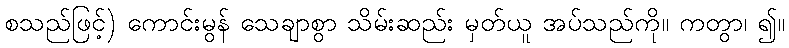
စသည်ဖြင့်) ကောင်းမွန် သေချာစွာ သိမ်းဆည်း မှတ်ယူ အပ်သည်ကို။ ကတွာ၊ ၍။